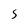
Character: 5